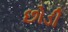
છોડી